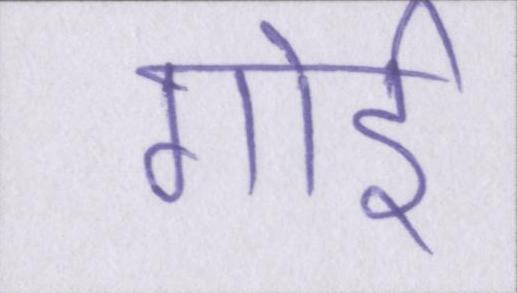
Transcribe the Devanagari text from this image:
गोई